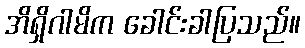
အိရှိဂါမိက ခေါင်းခါပြသည်။